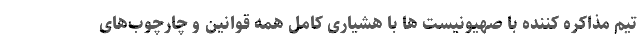
تیم مذاکره کننده با صهیونیست ها با هشیاری کامل همه قوانین و چارچوب‌های